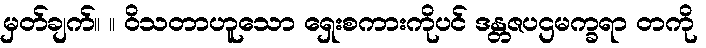
မှတ်ချက်။ ။ ဝိသတာဟူသော ရှေးစကားကိုပင် ဒန္တဇပဌမက္ခရာ တကို